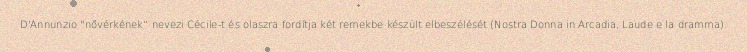
D'Annunzio "nővérkének“ nevezi Cécile-t és olaszra fordítja két remekbe készült elbeszélését (Nostra Donna in Arcadia, Laude e la dramma).